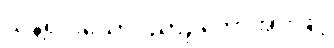
သန့်ရှင်းသောဝိညာဉ်တော်အားဖြင့်